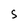
Character: S